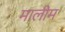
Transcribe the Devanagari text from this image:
मालीम